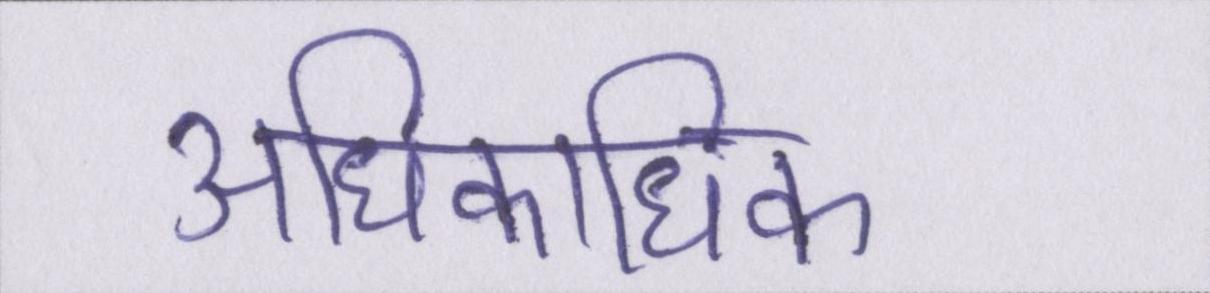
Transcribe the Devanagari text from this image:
अधिकाधिक